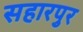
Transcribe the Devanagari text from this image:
सहारपुर